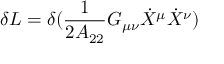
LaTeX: \delta L = \delta ( \frac { 1 } { 2 A _ { 2 2 } } G _ { \mu \nu } \dot { X } ^ { \mu } \dot { X } ^ { \nu } )